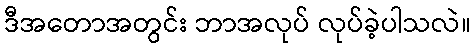
ဒီအတောအတွင်း ဘာအလုပ် လုပ်ခဲ့ပါသလဲ။